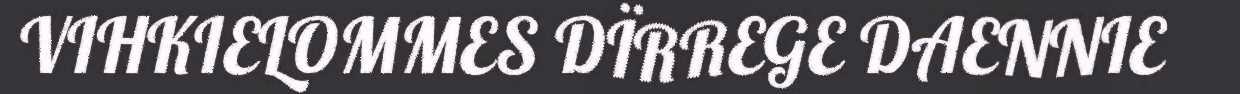
VIHKIELOMMES DÏRREGE DAENNIE